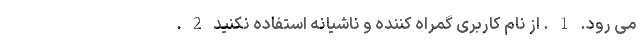
می رود. 1 . از نام کاربری گمراه کننده و ناشیانه استفاده نکنید 2 .